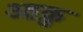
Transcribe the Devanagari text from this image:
आक्रु